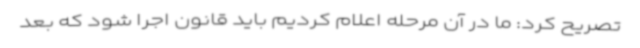
تصریح کرد: ما در آن مرحله اعلام کردیم باید قانون اجرا شود که بعد